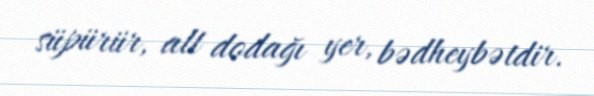
süpürür, alt dodağı yer, bədheybətdir.